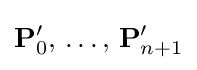
\mathbf {P} '_{0},\,\dots ,\,\mathbf {P} '_{n+1}